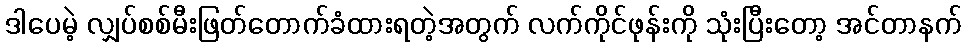
ဒါပေမဲ့ လျှပ်စစ်မီးဖြတ်တောက်ခံထားရတဲ့အတွက် လက်ကိုင်ဖုန်းကို သုံးပြီးတော့ အင်တာနက်